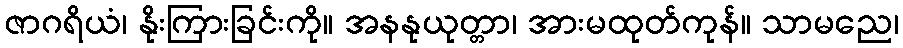
ဇာဂရိယံ၊ နိုးကြားခြင်းကို။ အနနုယုတ္တာ၊ အားမထုတ်ကုန်။ သာမညေ၊